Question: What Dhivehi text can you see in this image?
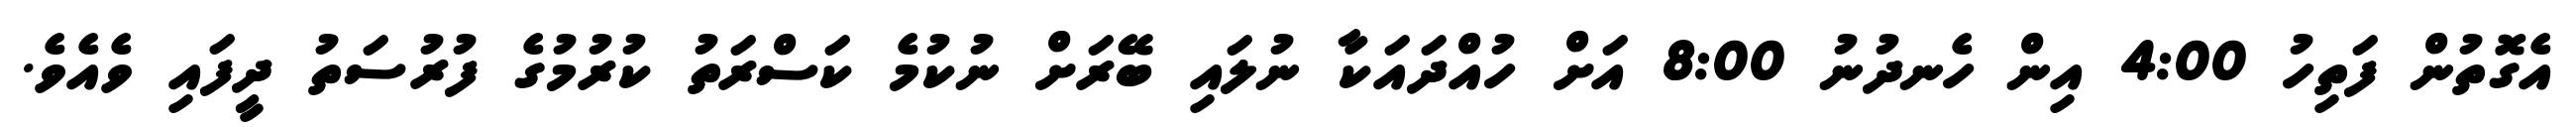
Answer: އެގޮތުން ފަތިހު 4:00 އިން ހެނދުނު 8:00 އަށް ހުއްދައަކާ ނުލައި ބޭރަށް ނުކުމެ ކަސްރަތު ކުރުމުގެ ފުރުސަތު ދީފައި ވެއެވެ.